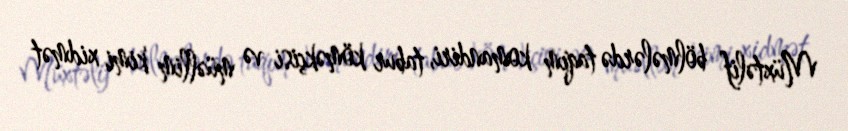
Müxtəlif bölmələrdə taqım komandiri, tabur köməkçisi və müəllim kimi xidmət